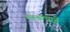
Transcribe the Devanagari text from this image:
मानल्यानें